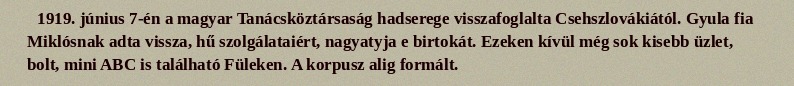
1919. június 7-én a magyar Tanácsköztársaság hadserege visszafoglalta Csehszlovákiától. Gyula fia Miklósnak adta vissza, hű szolgálataiért, nagyatyja e birtokát. Ezeken kívül még sok kisebb üzlet, bolt, mini ABC is található Füleken. A korpusz alig formált.